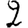
Digit: 2